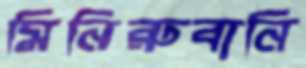
মিনিরুবানি